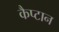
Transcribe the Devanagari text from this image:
कैप्टान